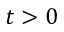
t > 0